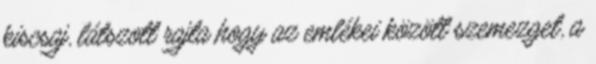
kiscsaj, látszott rajta hogy az emlékei között szemezget, a